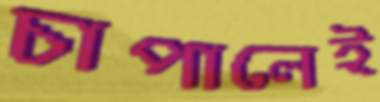
চাপালেই